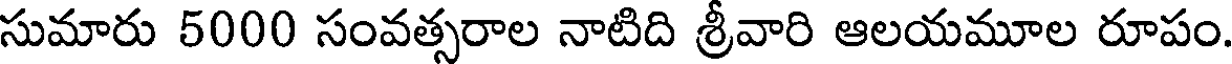
సుమారు 5000 సంవత్సరాల నాటిది శ్రీవారి ఆలయమూల రూపం